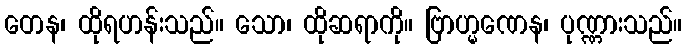
တေန၊ ထိုရဟန်းသည်။ သော၊ ထိုဆရာကို။ ဗြာဟ္မဏေန၊ ပုဏ္ဏားသည်။